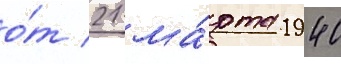
о́т 21 ма́рта 1940